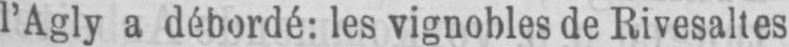
l’Agly a débordé: les vignobles de Rivesaltes